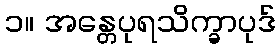
၁။ အန္တေပုရသိက္ခာပုဒ်